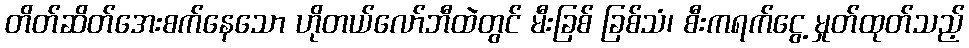
တိတ်ဆိတ်အေးစက်နေသော ဟိုတယ်လော်ဘီထဲတွင် မီးခြစ် ခြစ်သံ၊ စီးကရက်ငွေ့ မှုတ်ထုတ်သည့်